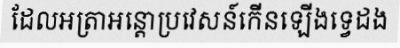
ដែលអត្រាអន្តោប្រវេសន៍កើនឡើងទ្វេដង